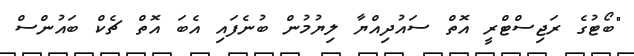
"ބޯޓުގެ ރަޖިސްޓްރީ އޮތް ސައުދިއްޔާ ލިޔުމުން ބުނެފައި އެބަ އޮތް ޗެކް ބައުންސް